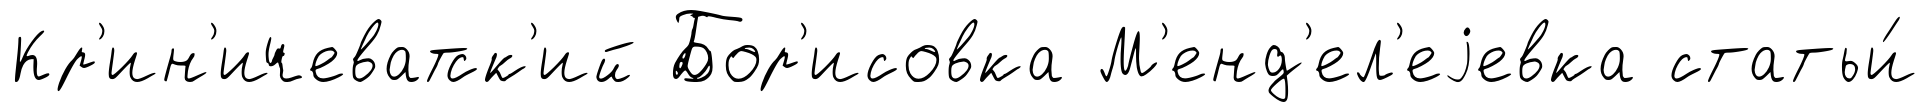
Кр'ин'ичеватск'ий Бор'исовка М'енд'ел'еjевка статьи́